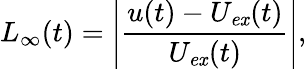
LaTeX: L_{\infty}(t)=\left|\frac{u(t)-U_{\mathit{ex}}(t)}{U_{\mathit{ex}}(t)}\right|,